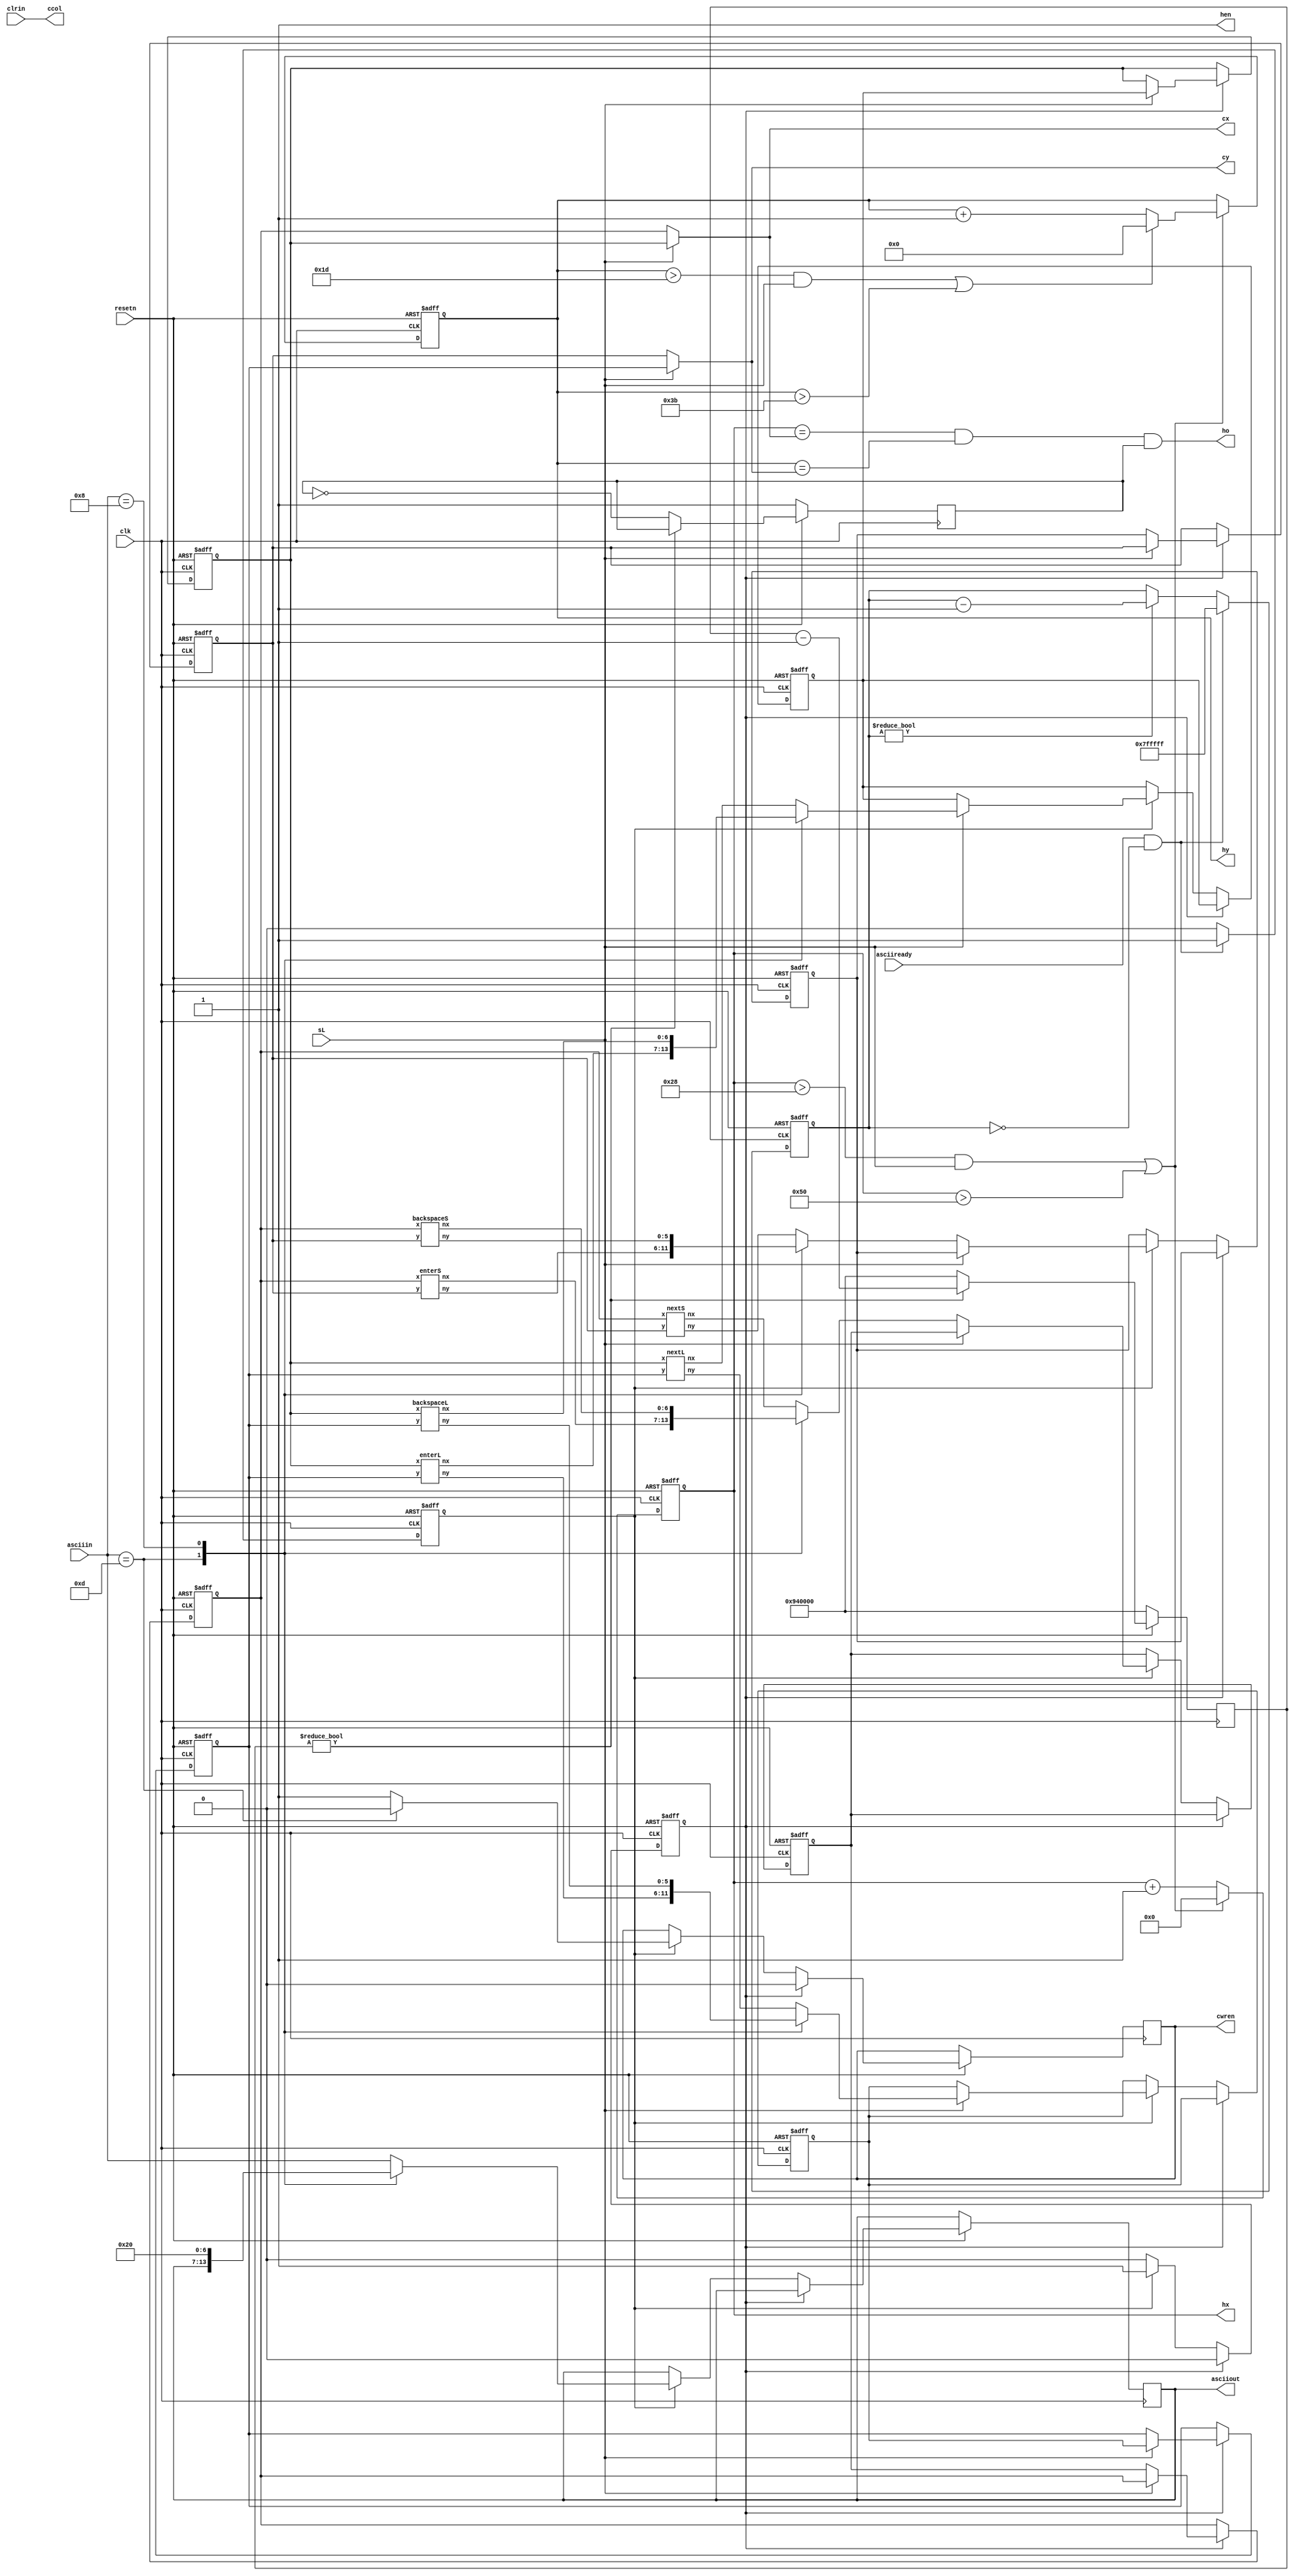
module edit_mode(input sL,
					  input resetn,
					  input clk,
					  input [6:0] asciiin,
					  input [5:0] clrin,
					  input asciiready,
					  output reg [6:0] cx,
					  output reg [5:0] cy,
					  output [5:0] ccol,
					  output reg [6:0] asciiout,
					  output reg cwren,
					  output reg [6:0] hx,
					  output reg [5:0] hy,
					  output ho,
					  output hen);
assign ccol = clrin;					  

reg [6:0] cxs, cxl, futxs, futxl;
reg [5:0] cys, cyl, futys, futyl;
reg state;

wire [6:0] nxs, bxs, nlxs, nxl, bxl, nlxl;
wire [5:0] nys, bys, nlys, nyl, byl, nlyl;

backspaceS bss(cxs, cys, bxs, bys);
backspaceL bsl(cxl, cyl, bxl, byl);
nextS nes(cxs, cys, nxs, nys);
nextL nel(cxl, cyl, nxl, nyl);
enterS ens(cxs, cys, nlxs, nlys);
enterL enl(cxl, cyl, nlxl, nlyl);

always @(*)
begin
	if (sL) begin
		cx <= cxl;
		cy <= cyl;
	end else begin
		cx <= cxs;
		cy <= cys;
	end
end

reg counter;
reg accept;
reg [22:0] acceptdelay;
always @(negedge resetn or 
			posedge clk)
begin
if (~resetn) begin
	counter <= 1'b0;
	accept <= 1'b1;
	acceptdelay <= 23'b0;
end else if (asciiready && (acceptdelay == 23'b0)) begin
	accept <= 1'b1;
	acceptdelay <= 23'b11111111111111111111111;
	counter <= 1'b1;
end else if (acceptdelay != 23'b0) begin
	acceptdelay <= acceptdelay - 1'b1;
	accept <= 1'b0;
end
else accept <= 1'b0;
end
// write logic
always @(negedge resetn or posedge clk) begin
	if (~resetn) begin
		cxs <= 7'b0;
		cxl <= 7'b0;
		cys <= 6'b0;
		cyl <= 6'b0;
		futxs <= 7'b0;
		futxl <= 7'b0;
		futys <= 6'b0;
		futyl <= 6'b0;
		state <= 2'b00;
	end
	else if (~state) begin
		// do nothing for new chars
		if (accept) begin
			state <= 1'b1;
			if (sL) begin
				case (asciiin)
				7'd13: begin
					// newline
					cwren <= 1'b0;
					futxl <= nlxl;
					futyl <= nlyl;
				end
				7'd8: begin
					// backspace
					cwren <= 1'b1;
					asciiout <= 7'd32;
					futxl <= bxl;
					futyl <= byl;
				end
				default: begin
					cwren <= 1'b1;
					asciiout <= asciiin;
					futxl <= nxl;
					futyl <= nyl;
				end
				endcase
			end else begin 
				case (asciiin)
				7'd13: begin
					// newline
					cwren <= 1'b0;
					futxs <= nlxs;
					futys <= nlys;
				end
				7'd8: begin
					// backspace
					cwren <= 1'b1;
					asciiout <= 7'd32;
					futxs <= bxs;
					futys <= bys;
				end
				default: begin
					cwren <= 1'b1;
					asciiout <= asciiin;
					futxs <= nxs;
					futys <= nys;
				end
				endcase 
			end
		end
	end else begin
		state <= 1'b0; 
		cwren <= 1'b0; 
		if (sL) begin
			cyl <= futyl;
			cxl <= futxl;
		end else begin
			cxs <= futxs;
			cys <= futys;
		end
	end
end

// highlight logic
reg [24:0] hlc;
assign hen = 1'b1;
reg hlyes;
always @(posedge clk) begin
	
	if (~resetn) begin
		hlc <= 24'b100101000000000000000000;
		hlyes <= 1'b1;
	end
	else if (hlc != 23'b0) begin
		hlc <= hlc - 24'b0000000000000000000001;
	end
	else begin
		hlc <= 24'b100101000000000000000000;
		hlyes <= ~hlyes;
	end
end

always @(posedge clk or negedge resetn) begin
	if (~resetn) begin
		hx <= 7'b0;
		hy <= 6'b0;
	end else begin
		if (((hx > 7'd40) & sL) | ((hx > 7'd80))) begin
			if (((hy > 6'd29) & sL) | ((hy > 6'd59))) begin
				hx <= 7'b0;
				hy <= 6'b0;
			end else begin
				hx <= 7'b0;
				hy <= hy + 1'b1;
			end
		end else begin
			hx <= hx + 1'b1;
			hy <= hy;
		end
	end
end

assign ho = ((hx == cx) && (hy == cy) && hlyes);

endmodule

module backspaceS(input [6:0] x,
					 input [5:0] y,
					 output reg [6:0] nx,
					 output reg [5:0] ny);
	always @(*) begin
		if (x == 7'b0) begin
			if (y == 6'b0) begin
				nx = 7'd79;
				ny = 6'd58; 
			end else begin
				nx = 7'd79;
				ny = y - 1'b1;
			end
		end else begin
			nx = x - 1'b1;
			ny = y;
		end
	end
endmodule 

module backspaceL(input [6:0] x,
					 input [5:0] y,
					 output reg [6:0] nx,
					 output reg [5:0] ny);
	always @(*) begin
		if (x == 7'b0) begin
			if (y == 6'b0) begin
				nx = 7'd39;
				ny = 6'd28; 
			end else begin
				nx = 7'd39;
				ny = y - 1'b1;
			end
		end else begin
			nx = x - 1'b1;
			ny = y;
		end
	end
endmodule 

module nextS(input [6:0] x,
					 input [5:0] y,
					 output reg [6:0] nx,
					 output reg [5:0] ny);
	always @(*) begin
		if (x == 7'd79) begin
			if (y == 6'd58) begin
				nx = 7'd0;
				ny = 6'd0; 
			end else begin
				nx = 7'd0;
				ny = y + 1'b1;
			end
		end else begin
			nx = x + 1'b1;
			ny = y;
		end
	end
endmodule

module nextL(input [6:0] x,
					 input [5:0] y,
					 output reg [6:0] nx,
					 output reg [5:0] ny);
	always @(*) begin
		if (x == 7'd39) begin
			if (y == 6'd28) begin
				nx = 7'd0;
				ny = 6'd0; 
			end else begin
				nx = 7'd0;
				ny = y + 1'b1;
			end
		end else begin
			nx = x + 1'b1;
			ny = y;
		end
	end
endmodule

module enterS(input [6:0] x,
					 input [5:0] y,
					 output reg [6:0] nx,
					 output reg [5:0] ny);
	always @(*) begin
		if (y == 6'd58) begin
			nx = 7'd0;
			ny = 6'd0;
		end else begin
			nx = 7'd0;
			ny = y + 1'd1;
		end
	end
endmodule

module enterL(input [6:0] x,
					 input [5:0] y,
					 output reg [6:0] nx,
					 output reg [5:0] ny);
	always @(*) begin
		if (y == 6'd28) begin
			nx = 7'd0;
			ny = 6'd0;
		end else begin
			nx = 7'd0;
			ny = y + 1'd1;
		end
	end
endmodule